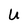
Character: U